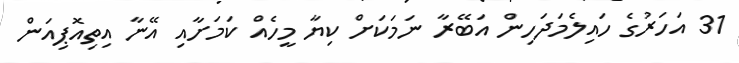
31 އަހަރުގެ ހައިލެމަދަހިން އަބޭރާ ނަމަކަށް ކިޔާ މީހެއް ކަމަށާއި އޭނާ އިތިއޮޕިއަން